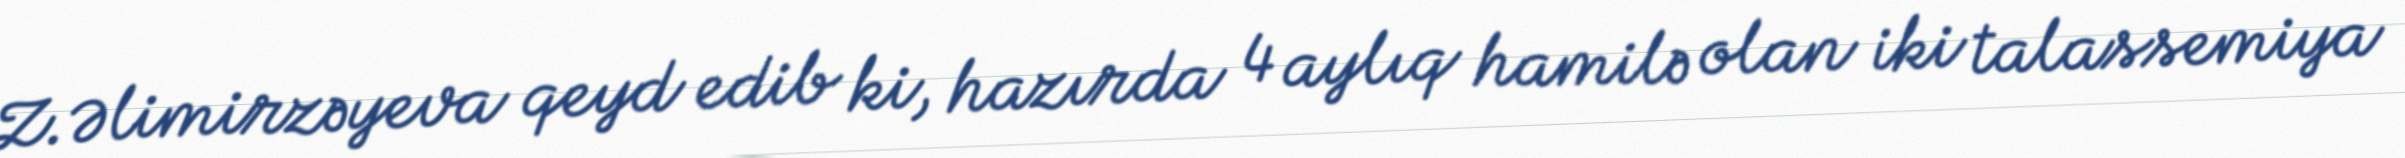
Z.Əlimirzəyeva qeyd edib ki, hazırda 4 aylıq hamilə olan iki talassemiya